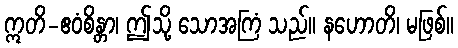
ဣတိ-ဧဝံစိန္တာ၊ ဤသို့ သောအကြံ သည်။ နဟောတိ၊ မဖြစ်။